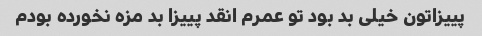
پییزاتون خیلی بد بود تو عمرم انقد پییزا بد مزه نخورده بودم